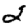
Digit: 2